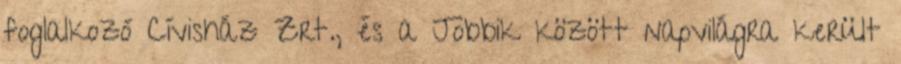
foglalkozó Cívisház Zrt., és a Jobbik között napvilágra került